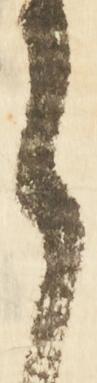
ら